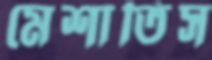
মেশাতিস